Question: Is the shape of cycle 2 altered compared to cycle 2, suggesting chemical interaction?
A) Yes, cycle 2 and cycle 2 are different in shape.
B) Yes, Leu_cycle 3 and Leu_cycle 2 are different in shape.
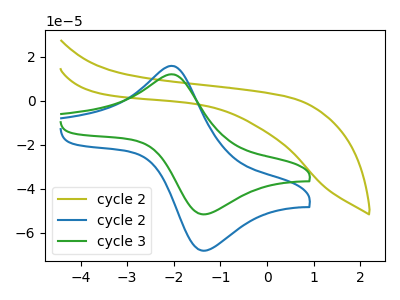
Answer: <think>The olive curve "cycle 2" has no peaks. The blue curve "cycle 2" has an anodic peak at (-2.05V, 15.75uA) and a cathodic peak at (-1.30V, -68.10uA). The green curve "cycle 3" has an anodic peak at (-2.05V, 11.95uA) and a cathodic peak at (-1.30V, -51.60uA).
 "cycle 2" and "cycle 2" have a different number of peaks.</think>
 <answer>A) Yes, "cycle 2" and "cycle 2" are different in shape.</answer>
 <eval>A</eval>